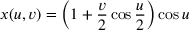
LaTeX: x ( u , v ) = \left( 1 + { \frac { v } { 2 } } \cos { \frac { u } { 2 } } \right) \cos u